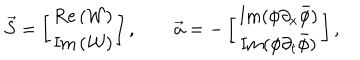
\vec { S } = \left[ \begin{array} { c } { { \mathrm { R e } \left( { \mathcal { W } } \right) } } \\ { { \mathrm { I m } \left( { \mathcal { W } } \right) } } \\ \end{array} \right] , \qquad \vec { a } = - \left[ \begin{array} { c } { { \mathrm { I m } ( \phi \partial _ { x } \bar { \phi } ) } } \\ { { \mathrm { I m } ( \phi \partial _ { t } \bar { \phi } ) } } \\ \end{array} \right] ,